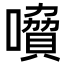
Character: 𡀺